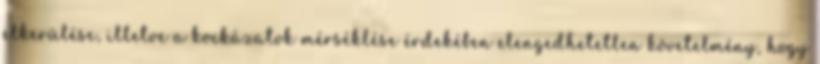
elkerülése, illetve a kockázatok mérséklése érdekében elengedhetetlen követelmény, hogy